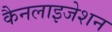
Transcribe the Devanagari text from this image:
कैनलाइजेशन